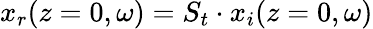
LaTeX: x_{r}(z=0,\omega)=S_{t}\cdot x_{i}(z=0,\omega)